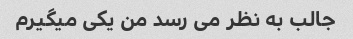
جالب به نظر می رسد من یکی میگیرم